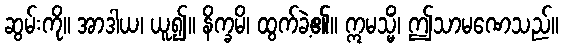
ဆွမ်းကို။ အာဒါယ၊ ယူ၍။ နိက္ခမိ၊ ထွက်ခဲ့၏။ ဣမသ္မိံ၊ ဤသာမဏေသည်။